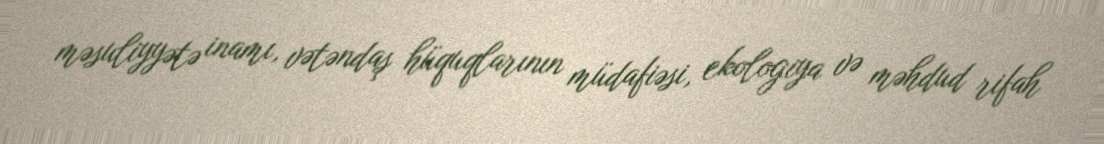
məsuliyyətə inamı, vətəndaş hüquqlarının müdafiəsi, ekologiya və məhdud rifah